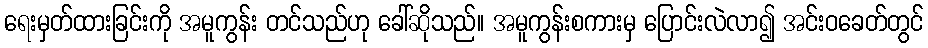
ရေးမှတ်ထားခြင်းကို အမူကွန်း တင်သည်ဟု ခေါ်ဆိုသည်။ အမူကွန်းစကားမှ ပြောင်းလဲလာ၍ အင်းဝခေတ်တွင်